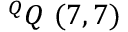
^ { Q } Q \ ( 7 , 7 )